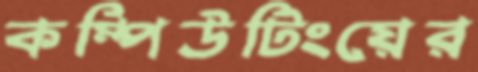
কম্পিউটিংয়ের